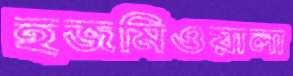
হজমিওয়ালা